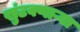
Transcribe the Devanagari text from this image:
खुंटवणाऱ्या